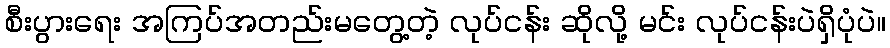
စီးပွားရေး အကြပ်အတည်းမတွေ့တဲ့ လုပ်ငန်း ဆိုလို့ မင်း လုပ်ငန်းပဲရှိပုံပဲ။